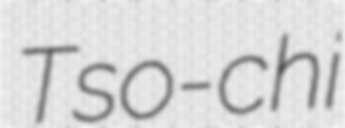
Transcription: Tso-chi